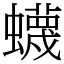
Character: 蠛